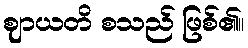
ဈာယတိ စသည် ဖြစ်၏။